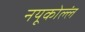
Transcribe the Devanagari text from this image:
नयूकोल्लं